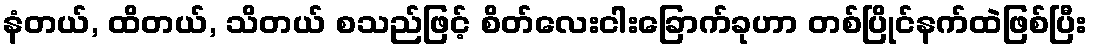
နံတယ်, ထိတယ်, သိတယ် စသည်ဖြင့် စိတ်လေးငါးခြောက်ခုဟာ တစ်ပြိုင်နက်ထဲဖြစ်ပြီး